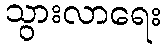
သွားလာရေး